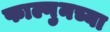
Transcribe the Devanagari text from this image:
फाल्गुनच्या